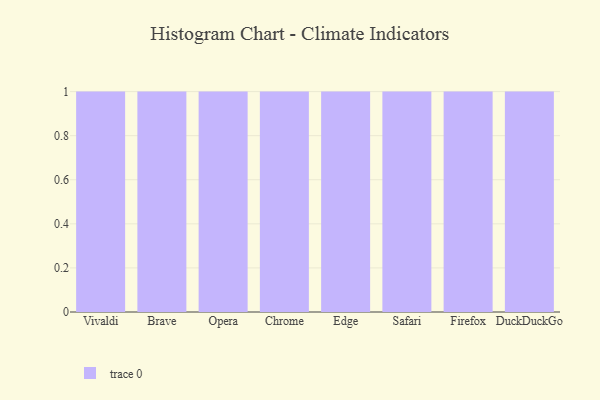
{"axis": {"x": "Browser", "y": "Humidity (%)"}, "legend": [""], "data": [{"x": "Vivaldi", "y": 44, "type": ""}, {"x": "Brave", "y": 72, "type": ""}, {"x": "Opera", "y": 12, "type": ""}, {"x": "Chrome", "y": 20, "type": ""}, {"x": "Edge", "y": 4, "type": ""}, {"x": "Safari", "y": 77, "type": ""}, {"x": "Firefox", "y": 5, "type": ""}, {"x": "DuckDuckGo", "y": 3, "type": ""}]}